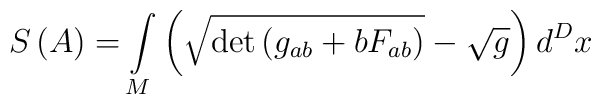
S\left(A\right)=\int\limits_{M}\left(\sqrt{\det\left(g_{ab}+bF_{ab}\right)}-\sqrt{g}\right)d^{D}x